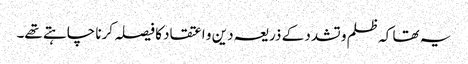
یہ تھا کہ ظلم و تشدد کے ذریعہ دین و اعتقاد کا فیصلہ کرنا چاہتے تھے۔